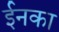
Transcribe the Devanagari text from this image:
ईनका